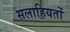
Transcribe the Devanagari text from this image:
सलाहियतों